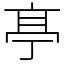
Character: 𠅘